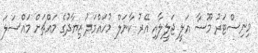
މިނިސްޓަރު މޫސާ އަލީ ޖަލީލާއި އޭރު ކާނަލް މުހައްމަދު ޒިޔާދުގެ މައްޗަށް މައްސަލަ